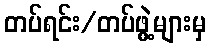
တပ်ရင်း/တပ်ဖွဲ့များမှ